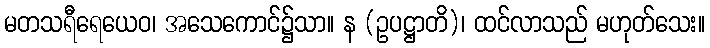
မတသရီရေယေဝ၊ အသေကောင်၌သာ။ န (ဥပဋ္ဌာတိ)၊ ထင်လာသည် မဟုတ်သေး။